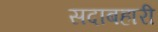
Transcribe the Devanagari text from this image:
सदाबहारी